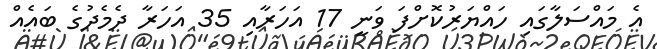
އެ މައްސަލާގައި ހައްޔަރުކޮށްފަ ވަނީ 17 އަހަރާއި 35 އަހަރާ ދެމެދުގެ ބައެއް